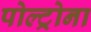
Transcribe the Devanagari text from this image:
पोल्ट्रोना